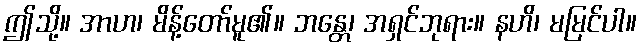
ဤသို့။ အာဟ၊ မိန့်တော်မူ၏။ ဘန္တေ၊ အရှင်ဘုရား။ နဟိ၊ မမြင်ပါ။